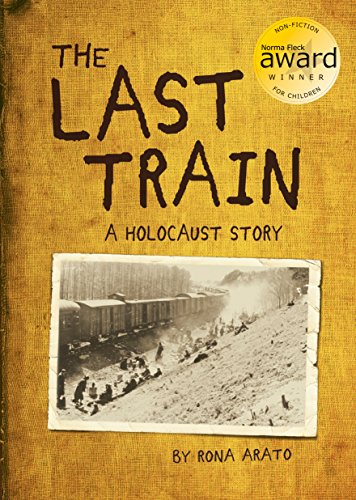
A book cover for The Last Train: A Holocaust Story; Rona Arato; Children's Books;